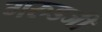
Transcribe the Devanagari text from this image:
गरुडजी